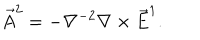
\vec { A } ^ { 2 } = - \nabla ^ { - 2 } \nabla \times \vec { E } ^ { 1 } .